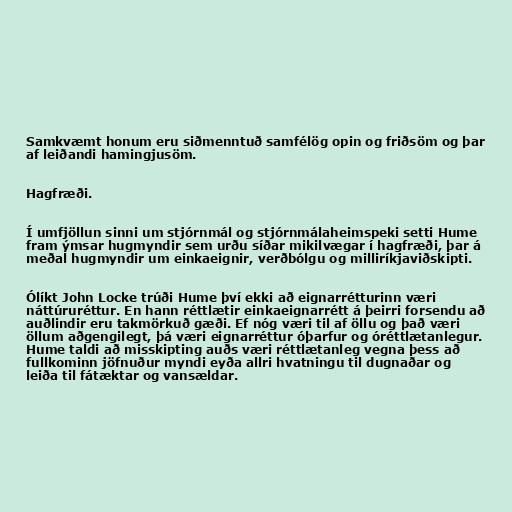
Samkvæmt honum eru siðmenntuð samfélög opin og friðsöm og þar
af leiðandi hamingjusöm.

Hagfræði.

Í umfjöllun sinni um stjórnmál og stjórnmálaheimspeki setti Hume
fram ýmsar hugmyndir sem urðu síðar mikilvægar í hagfræði, þar á
meðal hugmyndir um einkaeignir, verðbólgu og milliríkjaviðskipti.

Ólíkt John Locke trúði Hume því ekki að eignarrétturinn væri
náttúruréttur. En hann réttlætir einkaeignarrétt á þeirri forsendu að
auðlindir eru takmörkuð gæði. Ef nóg væri til af öllu og það væri
öllum aðgengilegt, þá væri eignarréttur óþarfur og óréttlætanlegur.
Hume taldi að misskipting auðs væri réttlætanleg vegna þess að
fullkominn jöfnuður myndi eyða allri hvatningu til dugnaðar og
leiða til fátæktar og vansældar.